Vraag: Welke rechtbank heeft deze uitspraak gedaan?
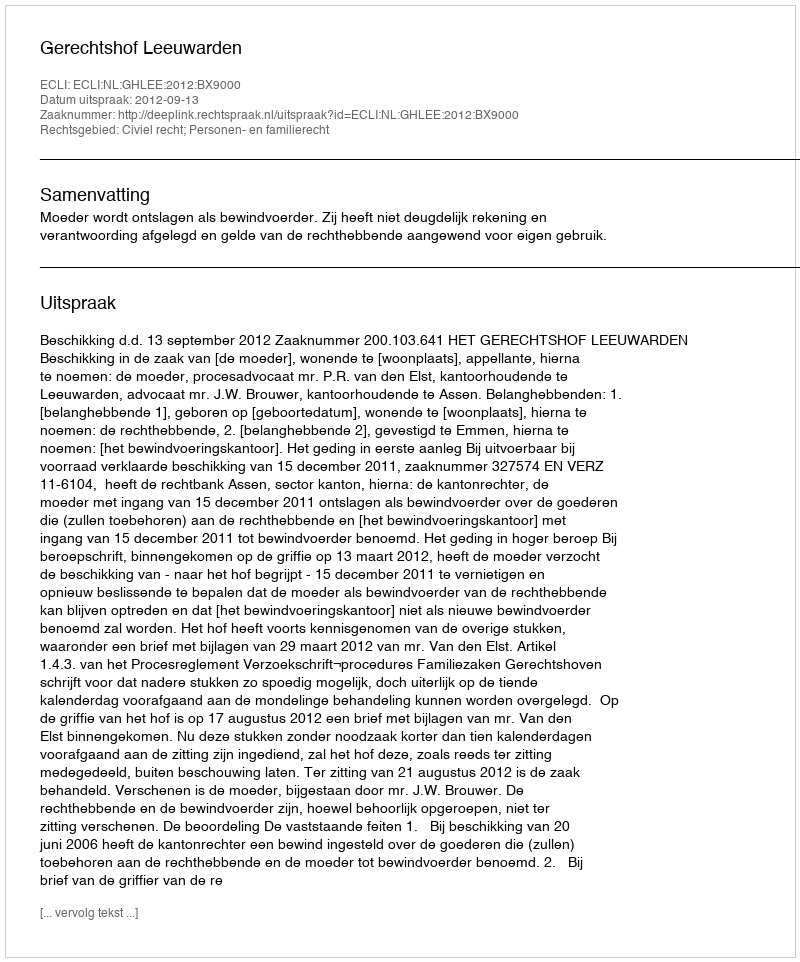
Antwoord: Gerechtshof Leeuwarden